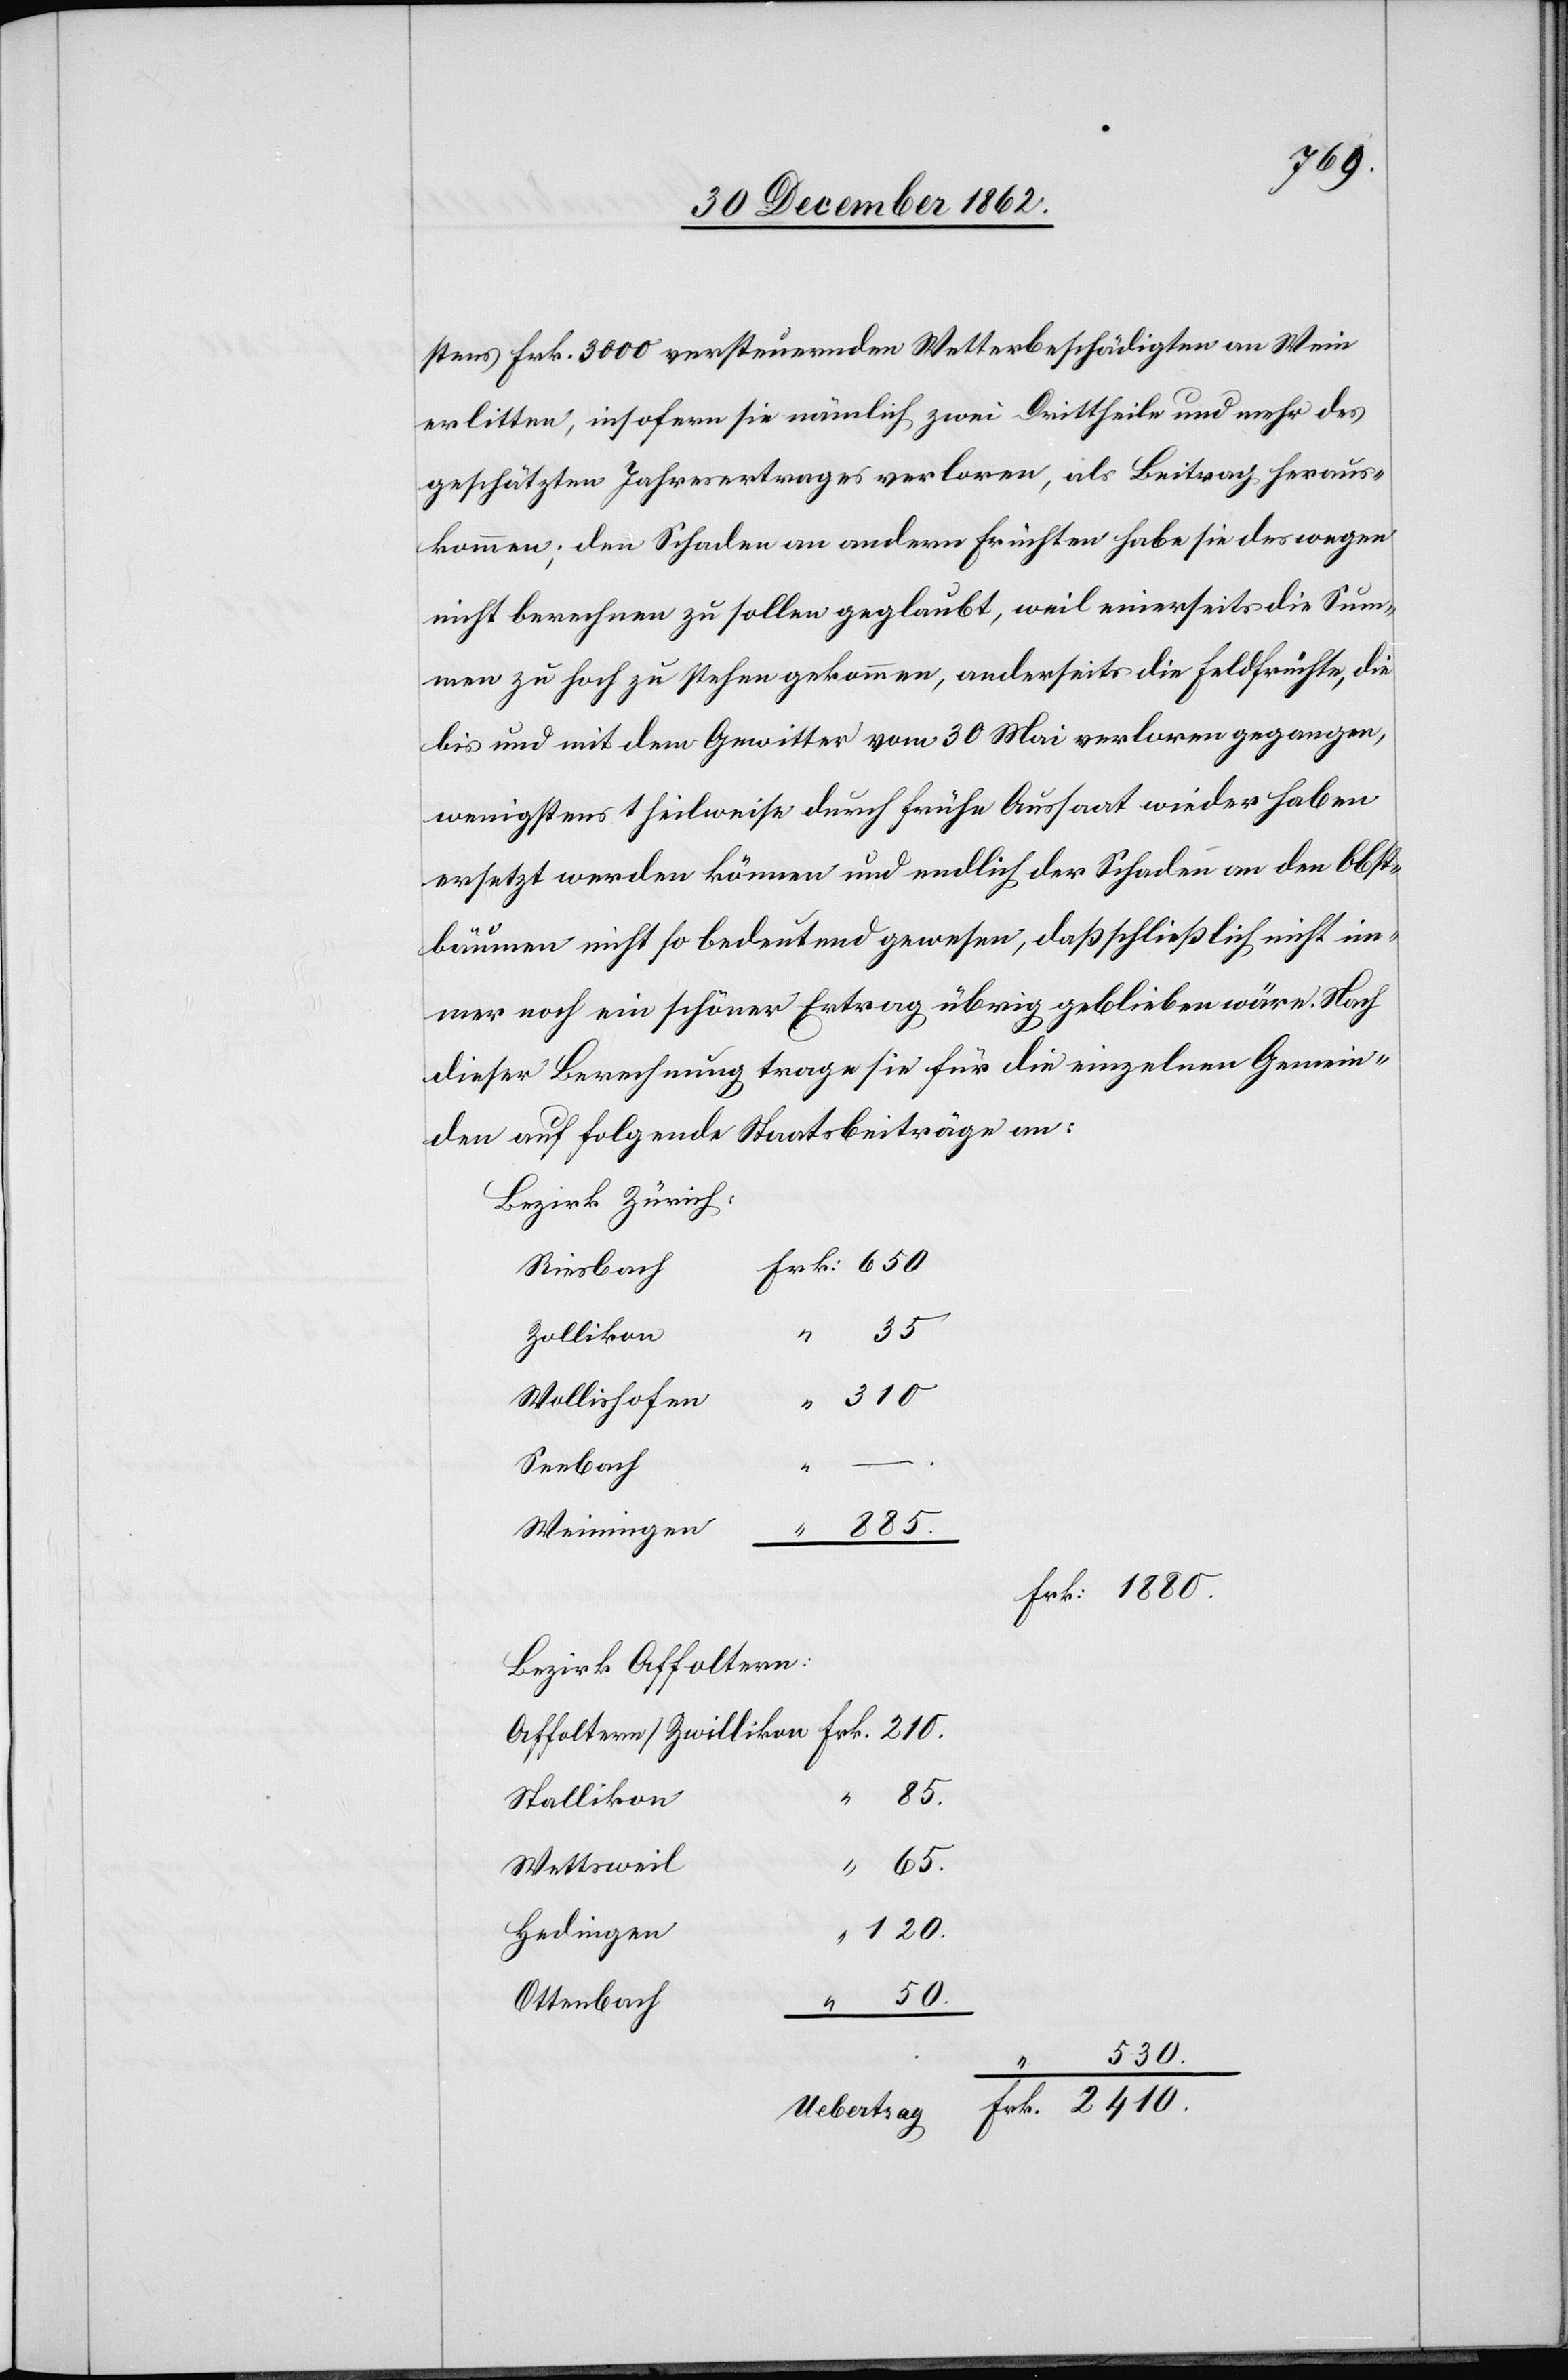
stens Frk. 3000 versteuernden Wetterbeschädigten an Wein
erlitten, insofern sie nämlich zwei Drittheile und mehr des
geschätzten Jahresvertrages verloren, als Beitrag heraus¬
kommen; den Schaden an andern Früchten habe sie deswegen
nicht berechnen zu sollen geglaubt, weil einerseits die Sum¬
me zu hoch zu stehen gekommen, anderseits die Feldfrüchte, die
bis und mit dem Gewitter vom 30. Mai verloren gegangen,
wenigstens theilweise durch frühe Aussaat wieder haben
ersetzt werden können und endlich der Schaden an den Obst¬
2410.
bäumen nicht so bedeutend gewesen, daß schließlich nicht im¬
mer noch ein schöner Ertrag übrig geblieben wäre. Nach
dieser Berechnung trage sie für die einzelnen Gemein¬
den auf folgende Staatsbeiträge an:
Bezirk Zürich
Riesbach
885
Zollikon
Wollishofen
Seebach
Weiningen
Bezirk Affoltern:
50.
Frk.
Stallikon
Wettsweil
Hedingen
120.
Ottenbach